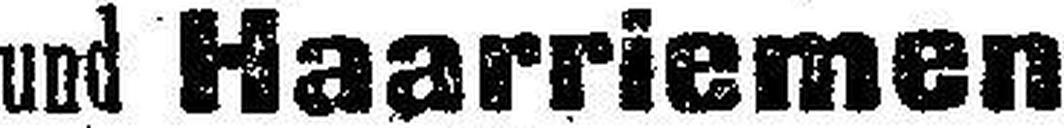
und Haarriemen